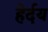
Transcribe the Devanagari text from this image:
हेर्दय